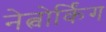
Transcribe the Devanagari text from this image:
नेत्वोर्किंग